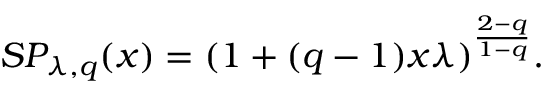
S P _ { \lambda , q } ( x ) = ( 1 + ( q - 1 ) x \lambda ) ^ { \frac { 2 - q } { 1 - q } } .